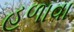
હળાવા